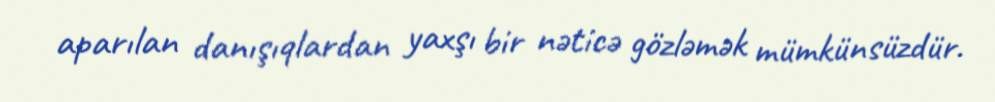
aparılan danışıqlardan yaxşı bir nəticə gözləmək mümkünsüzdür.